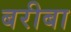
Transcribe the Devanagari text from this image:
बरीबा